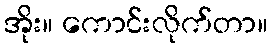
အိုး။ ကောင်းလိုက်တာ။